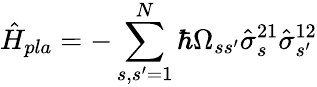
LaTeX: \hat{H}_{pla}=-\sum_{s,s^{\prime}=1}^{N}\hbar\Omega_{ss^{\prime}}\hat{\sigma}_{s}^{21}\hat{\sigma}_{s^{\prime}}^{12}